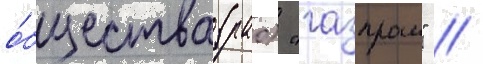
о́бщества (рао) "газпром" //